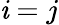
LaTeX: \mathit{i}=j